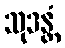
သုဒန္တံ